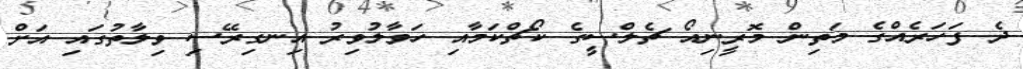
ދެ ފަހަރެއްގެ މަތިން މޮރީނިއޯ ޗެލްސީގެ ކޯޗްކަމާއި ހަވާލުވިރު އިނގިރޭސި ވިލާތުގައި އަށް